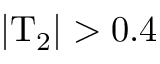
| \mathrm { T } _ { 2 } | > 0 . 4